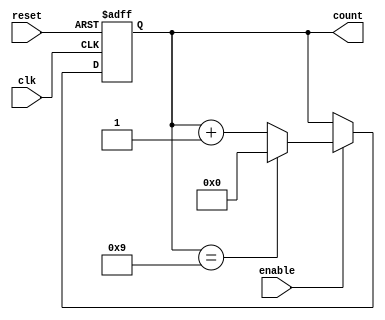
module bcd_counter (
    input wire clk,        // Clock signal
    input wire reset,      // Asynchronous reset signal
    input wire enable,     // Enable signal for counting
    output reg [3:0] count // 4-bit output for BCD count
);

// Always block for the counter logic
always @(posedge clk or posedge reset) begin
    if (reset) begin
        count <= 4'b0000; // Reset the counter to 0
    end else if (enable) begin
        if (count == 4'b1001) begin
            count <= 4'b0000; // Reset to 0 if count reaches 10 (1010)
        end else begin
            count <= count + 1; // Increment the counter
        end
    end
end

endmodule